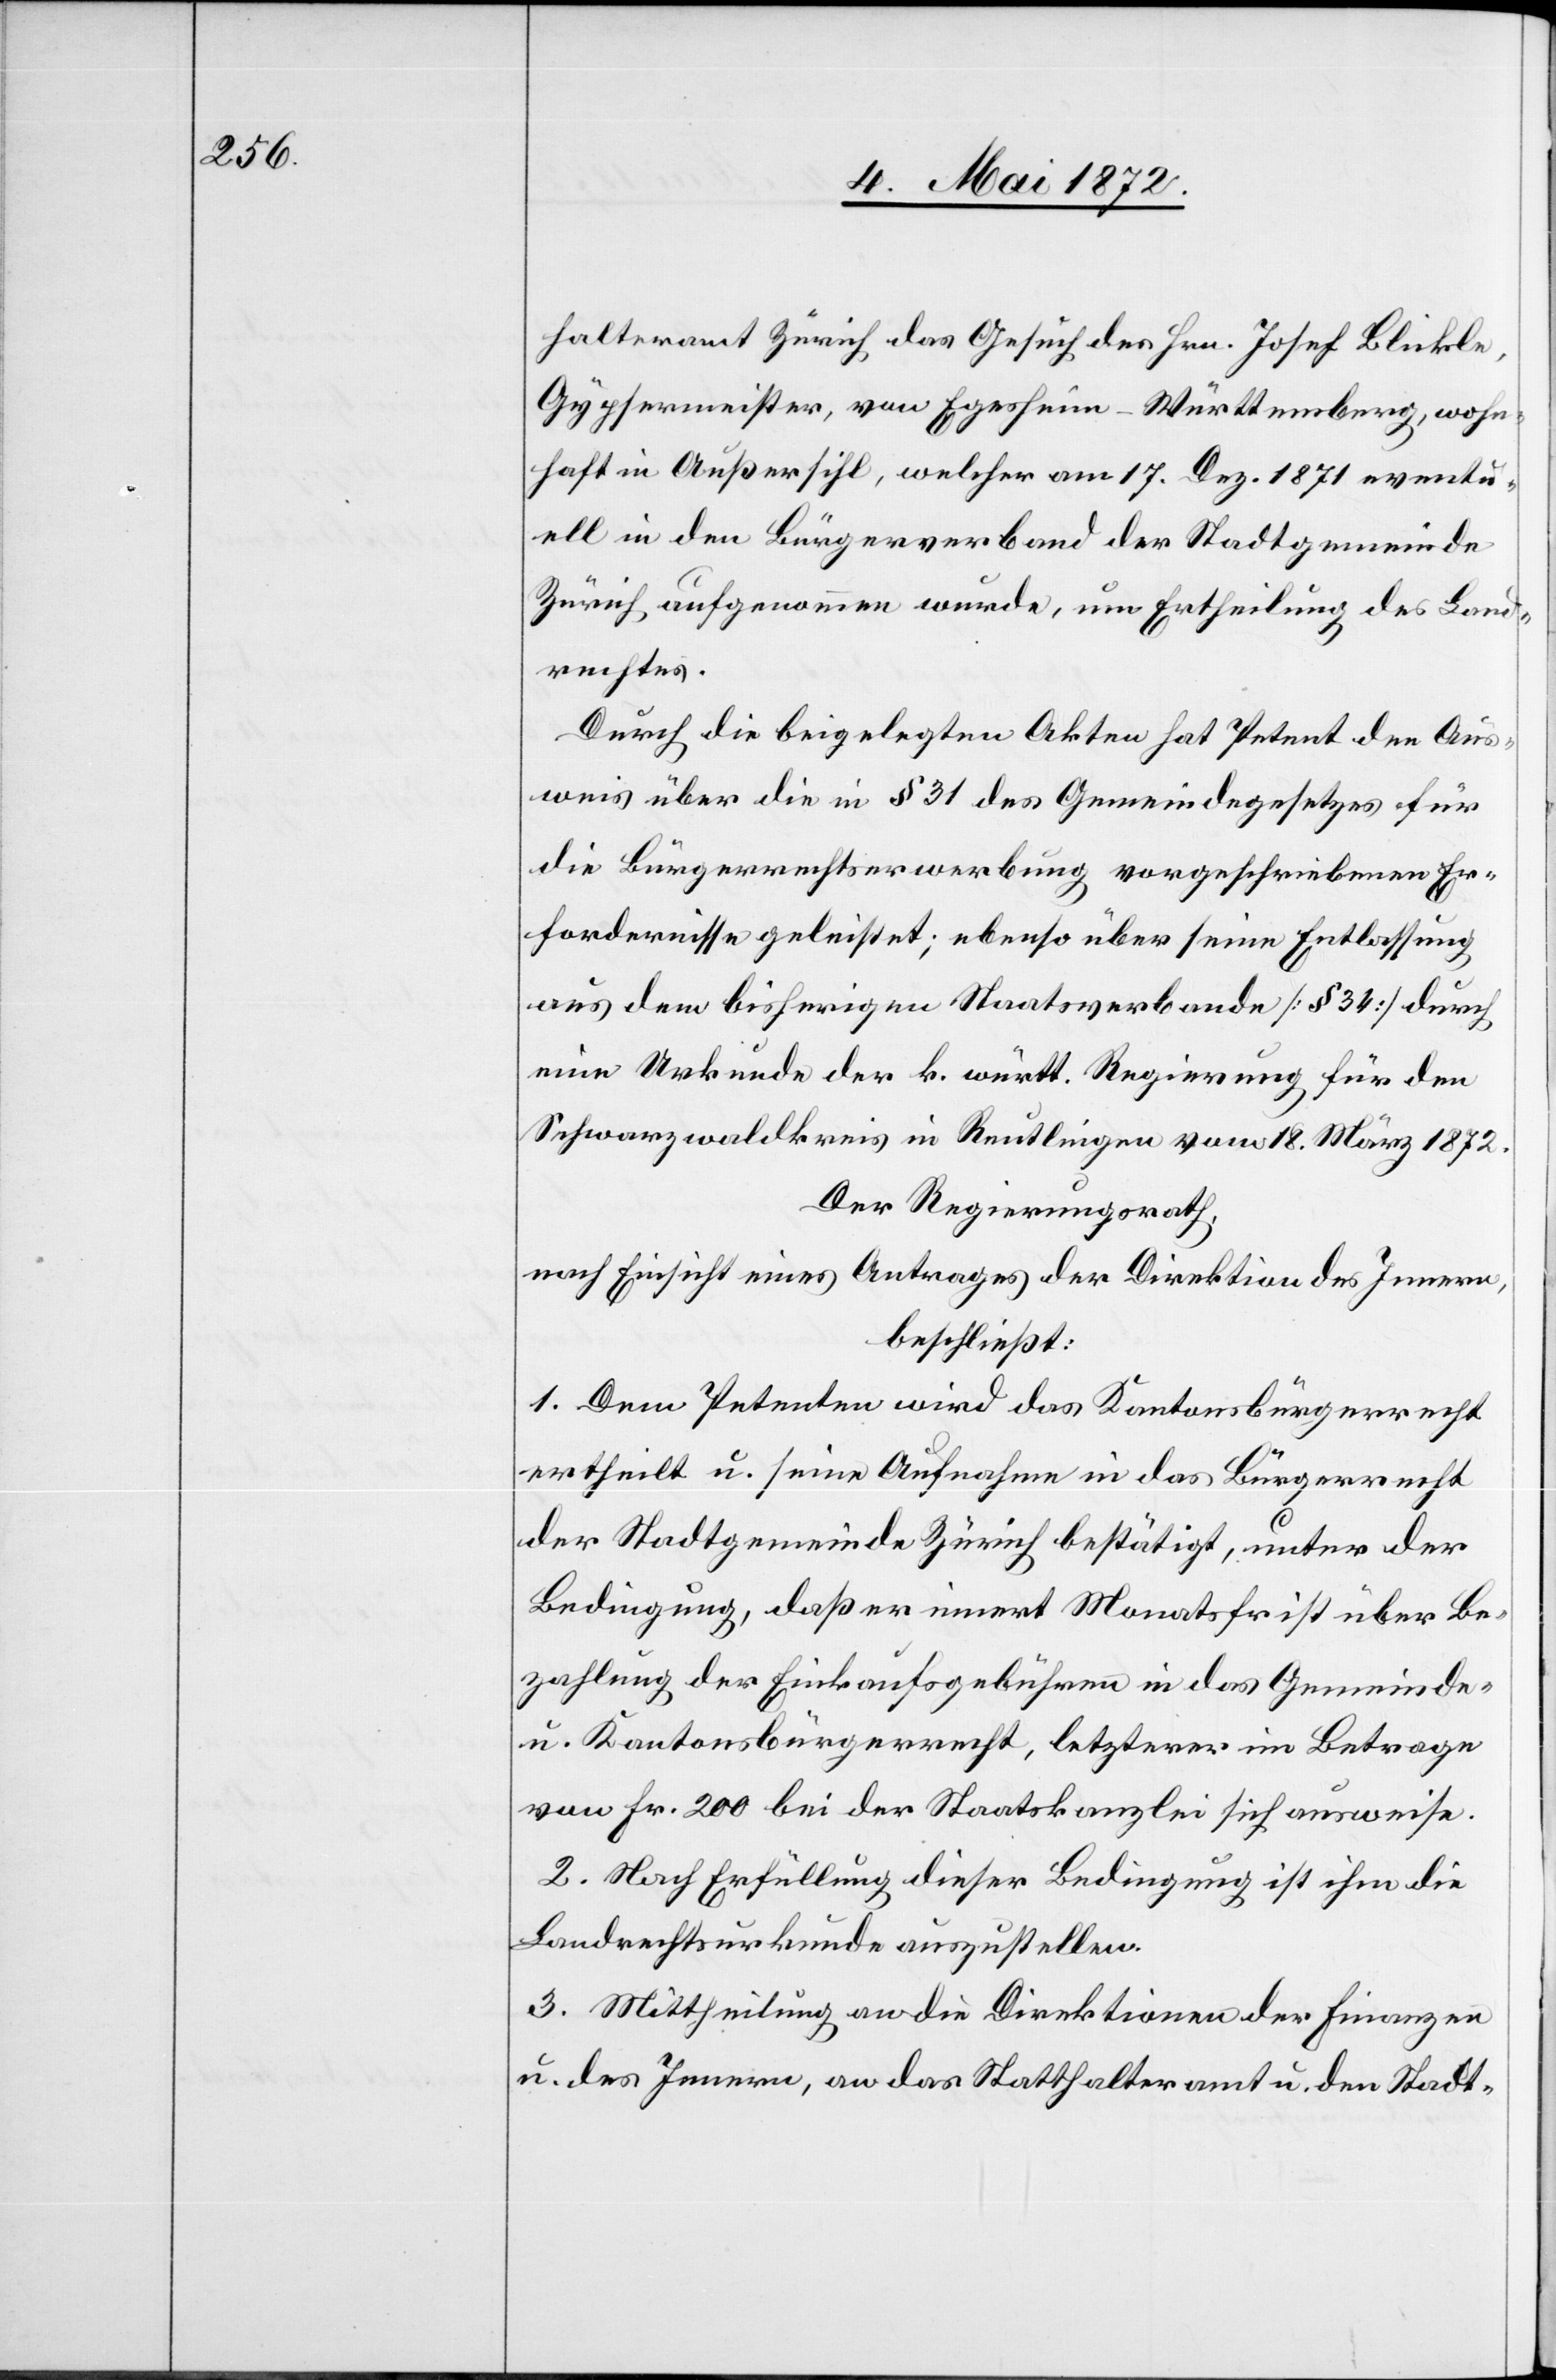
halteramt Zürich das Gesuch des Hrn. Josef Blickle,
Gypsermeister, von Egesheim - Württemberg, wohn¬
haft in Außersihl, welcher am 17. Dez. 1871 eventu¬
ell in den Bürgerverband der Stadtgemeinde
Zürich aufgenommen wurde, um Ertheilung des Land¬
rechtes.
Durch die beigelegten Akten hat Petent den Aus¬
weis über die in § 31 des Gemeindegesetzes für
die Bürgerrechtserwerbung vorgeschriebenen Er¬
fordernisse geleistet; ebenso über seine Entlassung
aus dem bisherigen Staatsverbande [§ 34] durch
eine Urkunde der k. württ. Regierung für den
Schwarzwaldkreis in Reutlingen vom 18. März 1872.
Der Regierungsrath,
nach Einsicht eines Antrages der Direktion des Innern,
beschließt:
1. Dem Petenten wird das Kantonsbürgerrecht
ertheilt u. seine Aufnahme in das Bürgerrecht
der Stadtgemeinde Zürich bestätigt, unter der
Bedingung, daß er innert Montasfrist über Be¬
zahlung der Einkaufsgebühren in das Gemeinde-
u. Kantonsbürgerrecht, letzterer im Betrage
von Fr. 200 bei der Staatskanzlei sich ausweise.
2. Nach Erfüllung dieser Bedingung ist ihm die
Landrechtsurkunde auszustellen.
3. Mittheilung an die Direktionen der Finanzen
u. des Innern, an das Statthalteramt u. den Stadt-